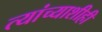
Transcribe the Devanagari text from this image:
त्यांच्याशीही